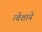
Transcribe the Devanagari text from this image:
त्वेशाने